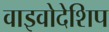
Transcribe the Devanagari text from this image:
वाइवोदेशिप